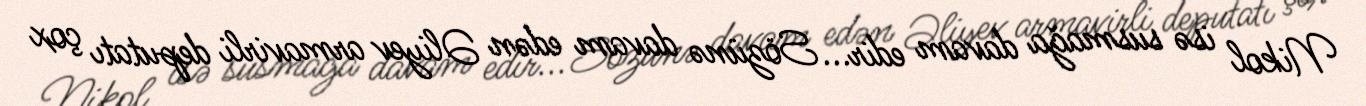
Nikol isə susmağa davam edir... Sözünə davam edən Əliyev armavirli deputatı çox